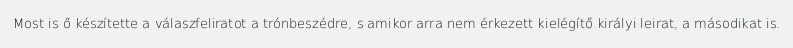
Most is ő készítette a válaszfeliratot a trónbeszédre, s amikor arra nem érkezett kielégítő királyi leirat, a másodikat is.